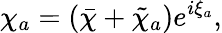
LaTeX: \chi_{a}=(\bar{\chi}+\tilde{\chi}_{a})e^{i\xi_{a}},